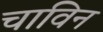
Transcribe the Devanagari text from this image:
चाविन